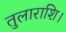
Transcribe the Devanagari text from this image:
तुलाराशि।